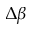
\Delta \beta